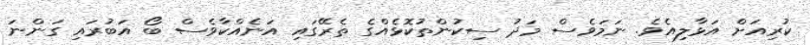
ކުރިއަށް އަޅާލިއެވެ. ނަމަވެސް މަދު ސިކުންތުކޮޅެއްގެ ތެރޭގައި އަނެއްކާވެސް ބޯ އަބުރައި ގަންނަ